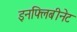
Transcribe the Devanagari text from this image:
इनफ्लिबीनेट